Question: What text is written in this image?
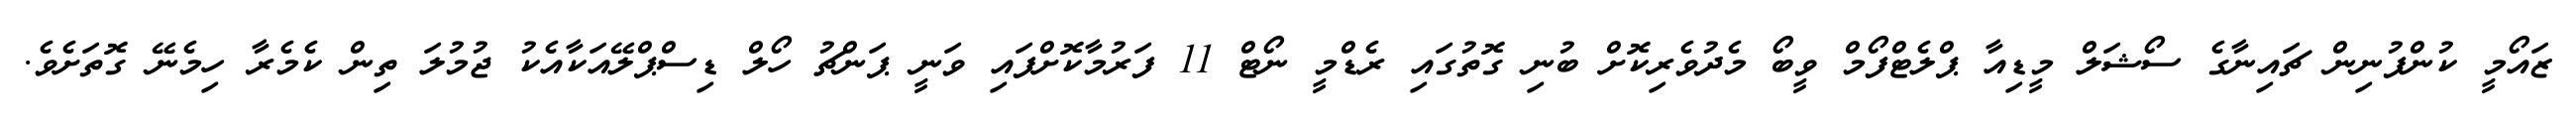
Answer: ޒައޯމީ ކުންފުނިން ޗައިނާގެ ސޯޝަލް މީޑިއާ ޕްލެޓްފޯމް ވީބޯ މެދުވެރިކޮށް ބުނި ގޮތުގައި ރެޑްމީ ނޯޓް 11 ފަރުމާކޮށްފައި ވަނީ ޕަންޗު ހޯލް ޑިސްޕްލޭއަކާއެކު ޖުމުލަ ތިން ކެމެރާ ހިމެނޭ ގޮތަށެވެ.